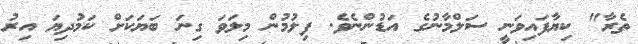
ތެރާ" ކިޔާފައިވަނީ ސަލްމާނުގެ އަޑުންނެވެ. ފިލުމުން މިލަވަ ގިނަ ބަޔަކަށް ކަމުދިޔަ އިރު